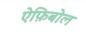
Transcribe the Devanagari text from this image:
ऐफ़िबोल